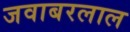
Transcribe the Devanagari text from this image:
जवाबरलाल